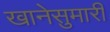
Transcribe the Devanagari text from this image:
खानेसुमारी